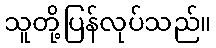
သူတို့ပြန်လုပ်သည်။